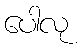
ပေါလု